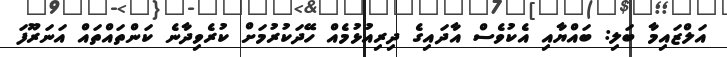
އަލްޒައިމާ ބަލި: ބައްޔާއި އެކުވެސް އާދައިގެ ދިރިއުޅުމެއް ހޭދަކުރުމަށް ކުރެވިދާނެ ކަންތައްތައް އަނަރޫފަ